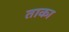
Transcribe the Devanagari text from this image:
ताका